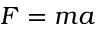
F = m a